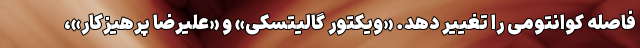
فاصله کوانتومی را تغییر دهد. «ویکتور گالیتسکی» و «علیرضا پرهیزکار»،